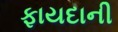
ફાયદાની